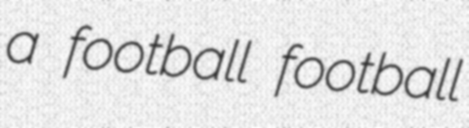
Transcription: a football football